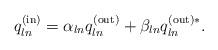
LaTeX: \begin{align*}q^{{\rm (in)}}_{ln}=\alpha_{ln} q^{{\rm (out)}}_{ln}+\beta_{ln}q^{{\rm (out)} *}_{ln}.\end{align*}